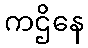
ကဌိနေ